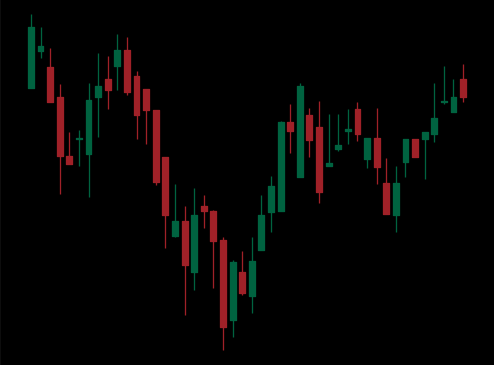
Pattern: inverse_head_shoulders